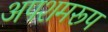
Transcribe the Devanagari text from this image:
अपशमरूप